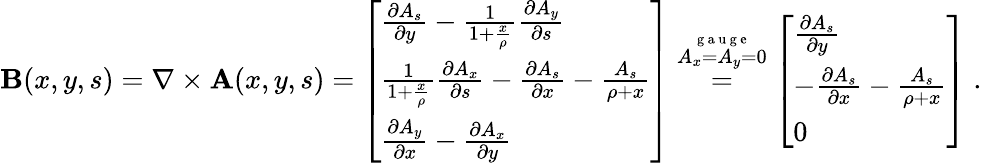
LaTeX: \textbf{B}(x,y,s)=\nabla\times\textbf{A}(x,y,s)=\left[\begin{array}{l}{\frac{\partial A_{s}}{\partial y}-\frac{1}{1+\frac{x}{\rho}}\frac{\partial A_{y}}{\partial s}}\\ {\frac{1}{1+\frac{x}{\rho}}\frac{\partial A_{x}}{\partial s}-\frac{\partial A_{s}}{\partial x}-\frac{A_{s}}{\rho+x}}\\ {\frac{\partial A_{y}}{\partial x}-\frac{\partial A_{x}}{\partial y}}\end{array}\right]\overset{\overset{\mathrm{~g~a~u~g~e~}}{A_{x}=A_{y}=0}}{=}\left[\begin{array}{l}{\frac{\partial A_{s}}{\partial y}}\\ {-\frac{\partial A_{s}}{\partial x}-\frac{A_{s}}{\rho+x}}\\ {0}\end{array}\right]\; .